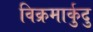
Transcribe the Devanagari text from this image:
विक्रमार्कुदु